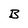
Character: B